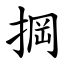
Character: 掆